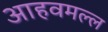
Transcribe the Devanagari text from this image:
आहवमल्ल